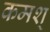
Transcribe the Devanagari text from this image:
कमश्